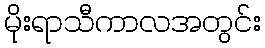
မိုးရာသီကာလအတွင်း